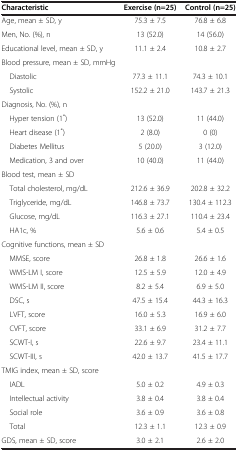
| Characteristic | Exercise (n=25) | Control (n=25) |
 | --- | --- | --- |
 | Age, mean ± SD, y | 75.3 ± 7.5 | 76.8 ± 6.8 |
 | Men, No. (%), n | 13 (52.0) | 14 (56.0) |
 | Educational level, mean ± SD, y | 11.1 ± 2.4 | 10.8 ± 2.7 |
 | Blood pressure, mean ± SD, mmHg |  |  |
 | Diastolic | 77.3 ± 11.1 | 74.3 ± 10.1 |
 | Systolic | 152.2 ± 21.0 | 143.7 ± 21.3 |
 | Diagnosis, No. (%), n |  |  |
 | Hyper tension (1*) | 13 (52.0) | 11 (44.0) |
 | Heart disease (1*) | 2 (8.0) | 0 (0) |
 | Diabetes Mellitus | 5 (20.0) | 3 (12.0) |
 | Medication, 3 and over | 10 (40.0) | 11 (44.0) |
 | Blood test, mean ± SD |  |  |
 | Total cholesterol, mg/dL | 212.6 ± 36.9 | 202.8 ± 32.2 |
 | Triglyceride, mg/dL | 146.8 ± 73.7 | 130.4 ± 112.3 |
 | Glucose, mg/dL | 116.3 ± 27.1 | 110.4 ± 23.4 |
 | HA1c, % | 5.6 ± 0.6 | 5.4 ± 0.5 |
 | Cognitive functions, mean ± SD |  |  |
 | MMSE, score | 26.8 ± 1.8 | 26.6 ± 1.6 |
 | WMS-LM I, score | 12.5 ± 5.9 | 12.0 ± 4.9 |
 | WMS-LM II, score | 8.2 ± 5.4 | 6.9 ± 5.0 |
 | DSC, s | 47.5 ± 15.4 | 44.3 ± 16.3 |
 | LVFT, score | 16.0 ± 5.3 | 16.9 ± 6.0 |
 | CVFT, score | 33.1 ± 6.9 | 31.2 ± 7.7 |
 | SCWT-I, s | 22.6 ± 9.7 | 23.4 ± 11.1 |
 | SCWT-III, s | 42.0 ± 13.7 | 41.5 ± 17.7 |
 | TMIG index, mean ± SD, score |  |  |
 | IADL | 5.0 ± 0.2 | 4.9 ± 0.3 |
 | Intellectual activity | 3.8 ± 0.4 | 3.8 ± 0.4 |
 | Social role | 3.6 ± 0.9 | 3.6 ± 0.8 |
 | Total | 12.3 ± 1.1 | 12.3 ± 0.9 |
 | GDS, mean ± SD, score | 3.0 ± 2.1 | 2.6 ± 2.0 |